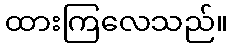
ထားကြလေသည်။